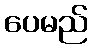
ပေမည်